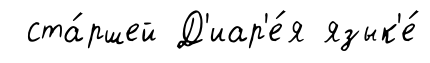
ста́ршей Д'иар'е́я язык'е́